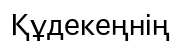
Құдекеңнің